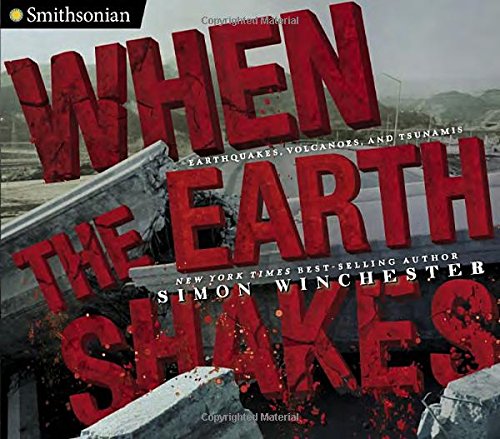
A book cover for When the Earth Shakes: Earthquakes, Volcanoes, and Tsunamis (Smithsonian); Simon Winchester; Science & Math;